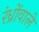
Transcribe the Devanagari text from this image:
रंध्रोंवाले